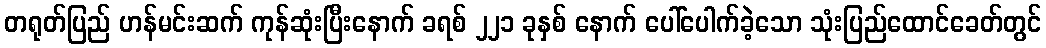
တရုတ်ပြည် ဟန်မင်းဆက် ကုန်ဆုံးပြီးနောက် ခရစ် ၂၂၁ ခုနှစ် နောက် ပေါ်ပေါက်ခဲ့သော သုံးပြည်ထောင်ခေတ်တွင်